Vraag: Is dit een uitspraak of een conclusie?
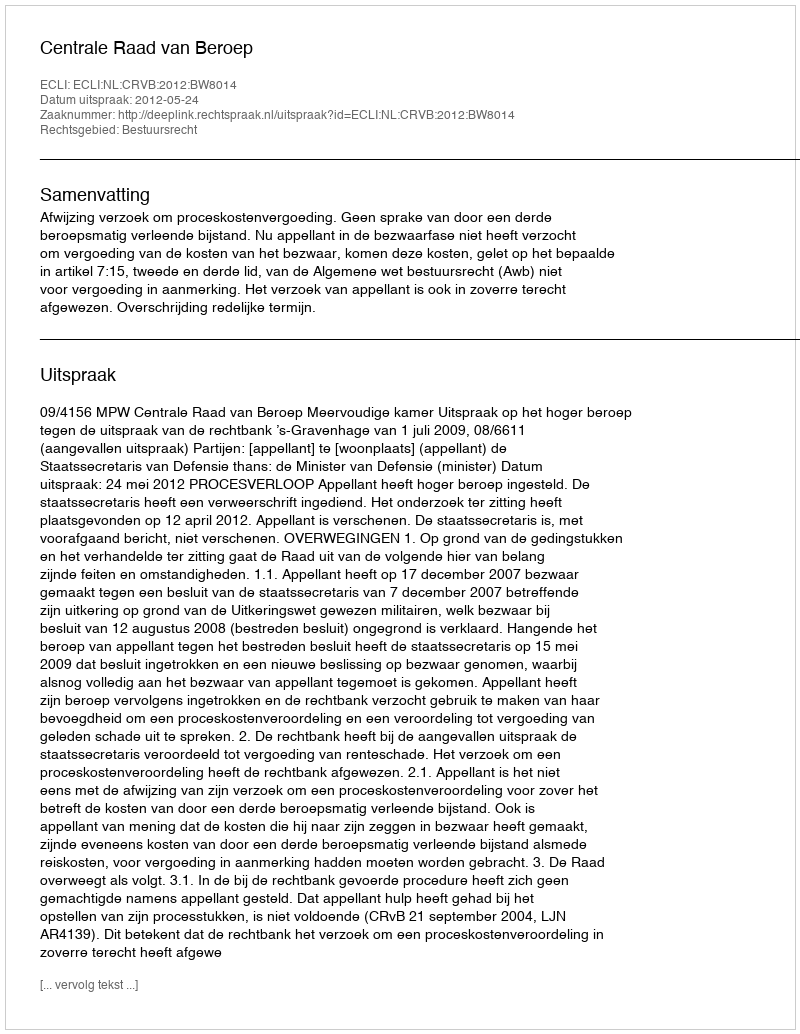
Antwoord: Uitspraak